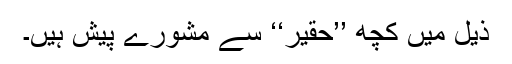
ذیل میں کچھ ’’حقیر‘‘ سے مشورے پیش ہیں۔